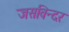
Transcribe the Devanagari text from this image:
जसविन्दर